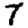
Digit: 7